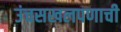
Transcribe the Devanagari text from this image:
उंचसखलपणाची